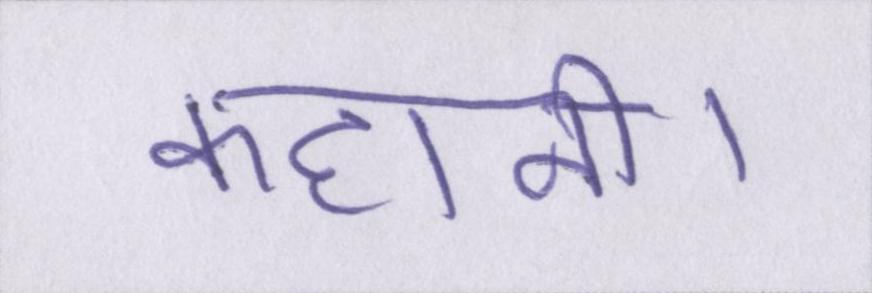
कहानी।